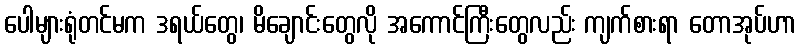
ပေါများရုံတင်မက ဒရယ်တွေ၊ မိချောင်းတွေလို အကောင်ကြီးတွေလည်း ကျက်စားရာ တောအုပ်ဟာ